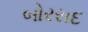
બોરસદ